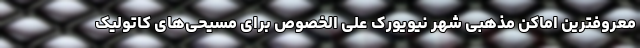
معروفترین اماکن مذهبی شهر نیویورک علی الخصوص برای مسیحی‌های کاتولیک